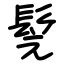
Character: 髨